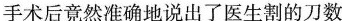
手术后竟然准确地说出了医生割的刀数